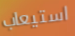
استيعاب